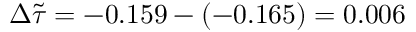
\Delta \tilde { \tau } = - 0 . 1 5 9 - ( - 0 . 1 6 5 ) = 0 . 0 0 6